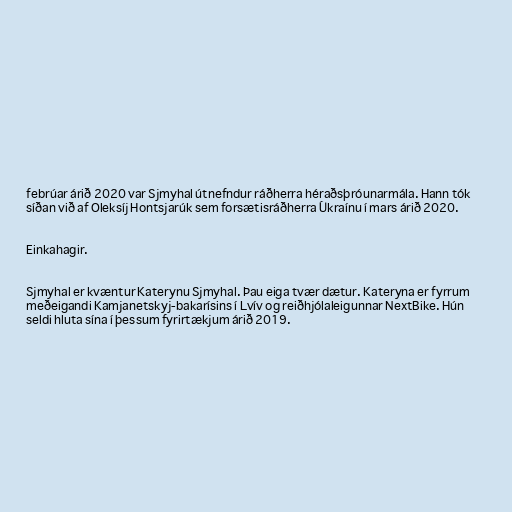
febrúar árið 2020 var Sjmyhal útnefndur ráðherra héraðsþróunarmála. Hann tók
síðan við af Oleksíj Hontsjarúk sem forsætisráðherra Úkraínu í mars árið 2020.

Einkahagir.

Sjmyhal er kvæntur Katerynu Sjmyhal. Þau eiga tvær dætur. Kateryna er fyrrum
meðeigandi Kamjanetskyj-bakarísins í Lvív og reiðhjólaleigunnar NextBike. Hún
seldi hluta sína í þessum fyrirtækjum árið 2019.